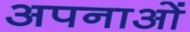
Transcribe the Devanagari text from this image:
अपनाओं